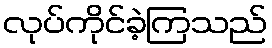
လုပ်ကိုင်ခဲ့ကြသည်